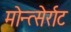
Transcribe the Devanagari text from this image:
मोन्त्सेर्राट